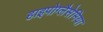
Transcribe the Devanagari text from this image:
हाइपोग्लैसेमिया